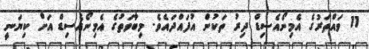
11 ވައްތަރުގެ އެމިނޯއެސިޑް ދިރު ތަކުން އުފައްދައެވެ. މިބާވަތުގެ އެމިނޯއެސިޑް އަށް ކިޔަނީ